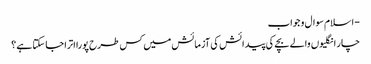
- اسلام سوال و جواب
چار انگلیوں والے بچے کی پیدائش کی آزمائش میں کس طرح پورا اترا جا سکتا ہے ؟